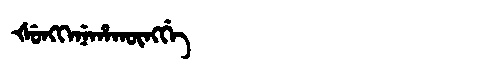
Manchu: ᡧᡠᠩᡴᡝᠨᡝᡥᠠᡴᡡᠩᡤᡝ
Romanization: ŠUNGKENEHAKŪNGGE